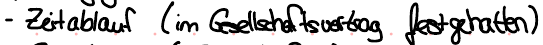
- Zeitablauf (im Gesellschaftsvertrag festgehalten)